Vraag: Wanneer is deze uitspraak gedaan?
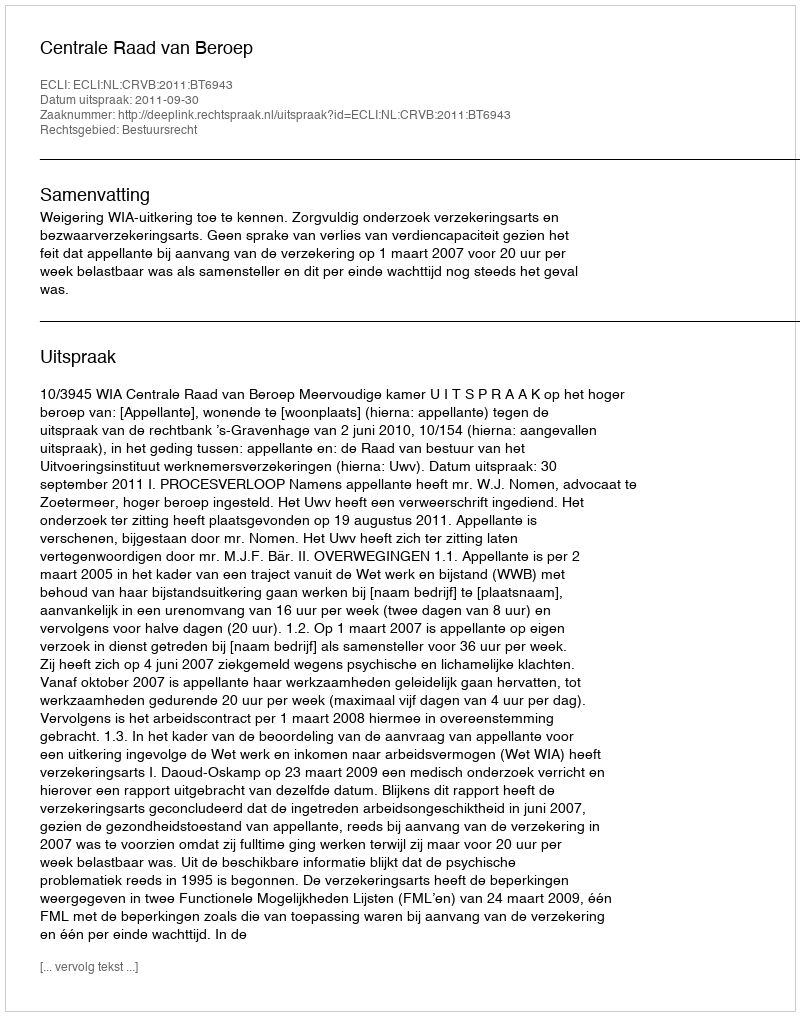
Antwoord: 2011-09-30